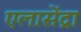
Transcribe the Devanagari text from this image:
एलासेंद्रा